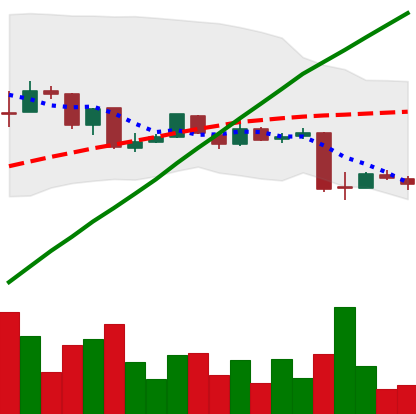
Ticker: LTC-USD
Chart end date: 2015-08-22
Forward return: -18.375%
Label: down_7plus